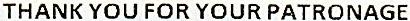
THANK YOU FOR YOUR PATRONAGE